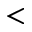
<